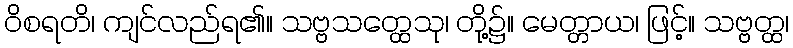
ဝိစရတိ၊ ကျင်လည်ရ၏။ သဗ္ဗသတ္ထေသု၊ တို့၌။ မေတ္တာယ၊ ဖြင့်။ သဗ္ဗတ္ထ၊